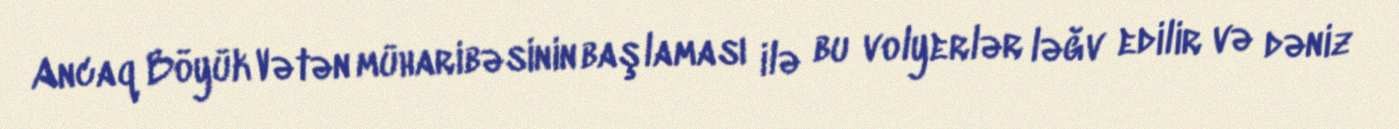
Ancaq Böyük Vətən müharibəsinin başlaması ilə bu volyerlər ləğv edilir və dəniz